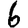
Digit: 6